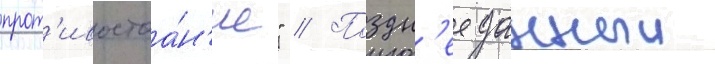
прот'ивостоа́н'ие" // Поздн'ее данныи